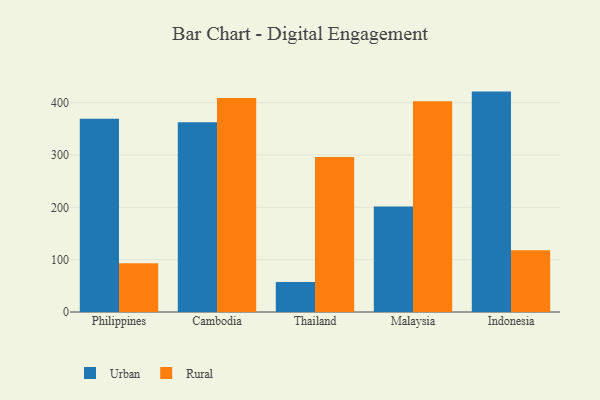
{"axis": {"x": "Country", "y": "Waste Production (Tons)"}, "legend": ["Rural", "Urban"], "data": [{"x": "Philippines", "y": 369.2, "type": "Urban"}, {"x": "Philippines", "y": 93.0, "type": "Rural"}, {"x": "Cambodia", "y": 362.4, "type": "Urban"}, {"x": "Cambodia", "y": 409.0, "type": "Rural"}, {"x": "Thailand", "y": 57.3, "type": "Urban"}, {"x": "Thailand", "y": 296.2, "type": "Rural"}, {"x": "Malaysia", "y": 201.7, "type": "Urban"}, {"x": "Malaysia", "y": 402.9, "type": "Rural"}, {"x": "Indonesia", "y": 421.2, "type": "Urban"}, {"x": "Indonesia", "y": 117.9, "type": "Rural"}]}